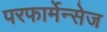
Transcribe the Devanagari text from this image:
परफार्मेन्सेज